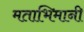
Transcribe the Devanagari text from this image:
मताभिमानी